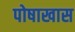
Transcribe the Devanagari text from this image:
पोषाखास